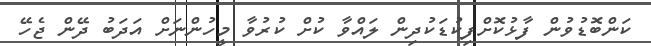
ކަންބޮޑުވުން ފާޅުކޮށްފިކުޑަކުދިން ލައްވާ ކުށް ކުރުވާ މީހުންނަށް އަދަބު ދޭން ޖެހޭ